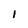
Character: 1